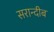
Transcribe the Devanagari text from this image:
सरान्दीब